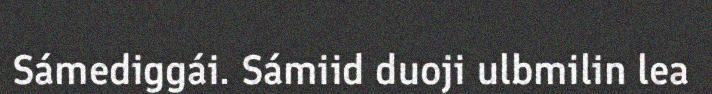
Sámediggái. Sámiid duoji ulbmilin lea